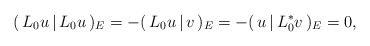
\begin{align*} (\,L_0u\,|\,L_0u\,)_E=-(\,L_0u\,|\,v\,)_E=-(\,u\,|\,L^*_0v\,)_E=0,\end{align*}